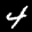
Label: 4